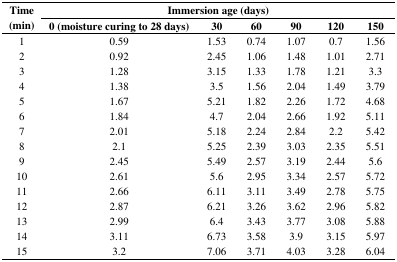
<table><thead><tr><td rowspan="2"><b>Time (min)</b></td><td colspan="6"><b>Immersion age (days)</b></td></tr><tr><td><b>0 (moisture curing to 28 days)</b></td><td><b>30</b></td><td><b>60</b></td><td><b>90</b></td><td><b>120</b></td><td><b>150</b></td></tr></thead><tbody><tr><td>1</td><td>0.59</td><td>1.53</td><td>0.74</td><td>1.07</td><td>0.7</td><td>1.56</td></tr><tr><td>2</td><td>0.92</td><td>2.45</td><td>1.06</td><td>1.48</td><td>1.01</td><td>2.71</td></tr><tr><td>3</td><td>1.28</td><td>3.15</td><td>1.33</td><td>1.78</td><td>1.21</td><td>3.3</td></tr><tr><td>4</td><td>1.38</td><td>3.5</td><td>1.56</td><td>2.04</td><td>1.49</td><td>3.79</td></tr><tr><td>5</td><td>1.67</td><td>5.21</td><td>1.82</td><td>2.26</td><td>1.72</td><td>4.68</td></tr><tr><td>6</td><td>1.84</td><td>4.7</td><td>2.04</td><td>2.66</td><td>1.92</td><td>5.11</td></tr><tr><td>7</td><td>2.01</td><td>5.18</td><td>2.24</td><td>2.84</td><td>2.2</td><td>5.42</td></tr><tr><td>8</td><td>2.1</td><td>5.25</td><td>2.39</td><td>3.03</td><td>2.35</td><td>5.51</td></tr><tr><td>9</td><td>2.45</td><td>5.49</td><td>2.57</td><td>3.19</td><td>2.44</td><td>5.6</td></tr><tr><td>10</td><td>2.61</td><td>5.6</td><td>2.95</td><td>3.34</td><td>2.57</td><td>5.72</td></tr><tr><td>11</td><td>2.66</td><td>6.11</td><td>3.11</td><td>3.49</td><td>2.78</td><td>5.75</td></tr><tr><td>12</td><td>2.87</td><td>6.21</td><td>3.26</td><td>3.62</td><td>2.96</td><td>5.82</td></tr><tr><td>13</td><td>2.99</td><td>6.4</td><td>3.43</td><td>3.77</td><td>3.08</td><td>5.88</td></tr><tr><td>14</td><td>3.11</td><td>6.73</td><td>3.58</td><td>3.9</td><td>3.15</td><td>5.97</td></tr><tr><td>15</td><td>3.2</td><td>7.06</td><td>3.71</td><td>4.03</td><td>3.28</td><td>6.04</td></tr></tbody></table>